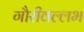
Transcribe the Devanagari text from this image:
गौरीवल्लभ